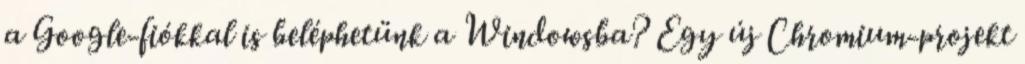
a Google-fiókkal is beléphetünk a Windowsba? Egy új Chromium-projekt